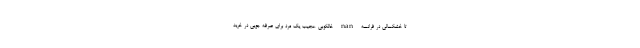
تا خشکسالی در فرانسه nan خالکوبی عجیب یک مرد برای صرفه جویی در خرید